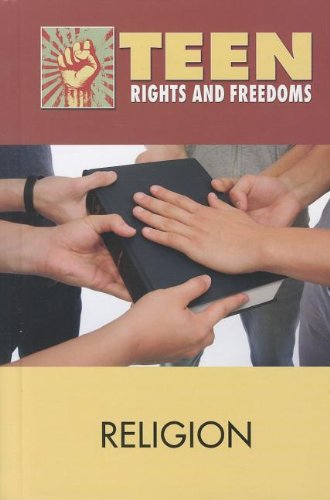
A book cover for Religion (Teen Rights and Freedoms); Noel Merino; Teen & Young Adult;